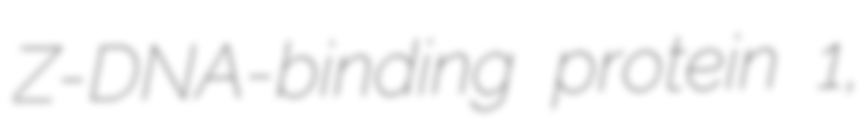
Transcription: Z-DNA-binding protein 1,